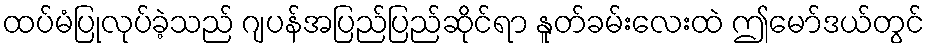
ထပ်မံပြုလုပ်ခဲ့သည် ဂျပန်အပြည်ပြည်ဆိုင်ရာ နူတ်ခမ်းလေးထဲ ဤမော်ဒယ်တွင်